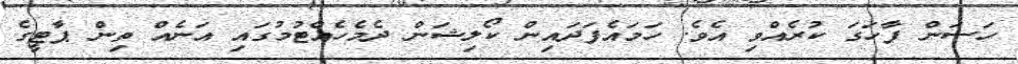
ހަސަން ފާހަގަ ކުރެއްވި އެވެ. ހަމައެފަދައިން ކޯލިޝަން ދެމެހެއްޓުމުގައި އަނެއް ތިން ޕާޓީގެ